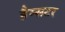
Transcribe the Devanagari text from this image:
हैम्सटर